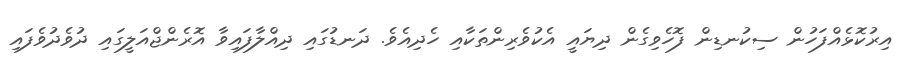
އިރުކޮޅެއްފަހުން ސިކުނޑިން ފޮހެވިގެން ދިޔައީ އެކުވެރިންތަކާއި ހެދިއެވެ. ދަނޑުގައި ދިއްލާފައިވާ އޮރެންޖްއަލީގައި ދުވެދުވެފައި